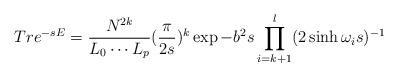
LaTeX: \begin{align*}Tr e^{-sE} = \frac{ N^{2k}}{L_0\cdots L_p}(\frac{ \pi}{2s})^k\exp{-b^2s}\prod_{i=k+1}^l(2\sinh \omega _is)^{-1}\end{align*}